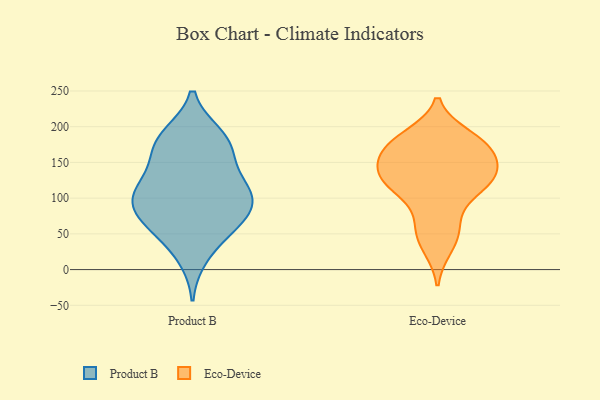
{"axis": {"x": "Conversion Rate (%)", "y": "Value"}, "legend": ["Eco-Device", "Product B"], "data": [{"x": "", "y": 89, "type": "Product B"}, {"x": "", "y": 188, "type": "Product B"}, {"x": "", "y": 73, "type": "Product B"}, {"x": "", "y": 157, "type": "Product B"}, {"x": "", "y": 186, "type": "Product B"}, {"x": "", "y": 47, "type": "Product B"}, {"x": "", "y": 131, "type": "Product B"}, {"x": "", "y": 68, "type": "Product B"}, {"x": "", "y": 94, "type": "Product B"}, {"x": "", "y": 112, "type": "Product B"}, {"x": "", "y": 168, "type": "Product B"}, {"x": "", "y": 97, "type": "Product B"}, {"x": "", "y": 115, "type": "Product B"}, {"x": "", "y": 63, "type": "Product B"}, {"x": "", "y": 180, "type": "Product B"}, {"x": "", "y": 110, "type": "Product B"}, {"x": "", "y": 18, "type": "Product B"}, {"x": "", "y": 166, "type": "Eco-Device"}, {"x": "", "y": 108, "type": "Eco-Device"}, {"x": "", "y": 187, "type": "Eco-Device"}, {"x": "", "y": 168, "type": "Eco-Device"}, {"x": "", "y": 183, "type": "Eco-Device"}, {"x": "", "y": 66, "type": "Eco-Device"}, {"x": "", "y": 148, "type": "Eco-Device"}, {"x": "", "y": 121, "type": "Eco-Device"}, {"x": "", "y": 53, "type": "Eco-Device"}, {"x": "", "y": 114, "type": "Eco-Device"}, {"x": "", "y": 174, "type": "Eco-Device"}, {"x": "", "y": 140, "type": "Eco-Device"}, {"x": "", "y": 31, "type": "Eco-Device"}, {"x": "", "y": 130, "type": "Eco-Device"}, {"x": "", "y": 132, "type": "Eco-Device"}]}